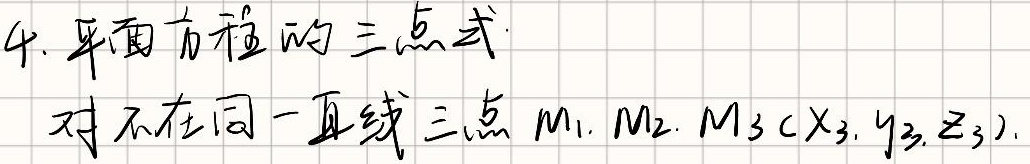
4. 平面方程的三点式：对不在同一直线三点 \(M_1\)，\(M_2\)，\(M_3(x_3, y_3, z_3)\)，